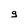
Character: g